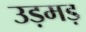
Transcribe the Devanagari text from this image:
उड़मड़